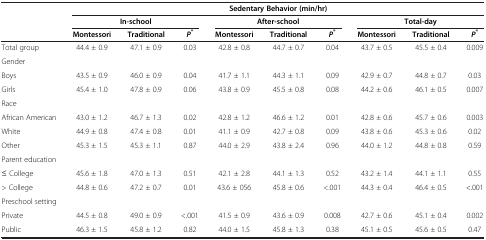
<table><thead><tr><td rowspan="3"><b> </b></td><td colspan="9"><b>Sedentary Behavior (min/hr)</b></td></tr><tr><td colspan="3"><b>In-school</b></td><td colspan="3"><b>After-school</b></td><td colspan="3"><b>Total-day</b></td></tr><tr><td><b>Montessori</b></td><td><b>Traditional</b></td><td><b><i>P</i><sup>*</sup></b></td><td><b>Montessori</b></td><td><b>Traditional</b></td><td><b><i>P</i><sup>*</sup></b></td><td><b>Montessori</b></td><td><b>Traditional</b></td><td><b><i>P</i><sup>*</sup></b></td></tr></thead><tbody><tr><td>Total group</td><td>44.4 ± 0.9</td><td>47.1 ± 0.9</td><td>0.03</td><td>42.8 ± 0.8</td><td>44.7 ± 0.7</td><td>0.04</td><td>43.7 ± 0.5</td><td>45.5 ± 0.4</td><td>0.009</td></tr><tr><td colspan="10">Gender</td></tr><tr><td>Boys</td><td>43.5 ± 0.9</td><td>46.0 ± 0.9</td><td>0.04</td><td>41.7 ± 1.1</td><td>44.3 ± 1.1</td><td>0.09</td><td>42.9 ± 0.7</td><td>44.8 ± 0.7</td><td>0.03</td></tr><tr><td>Girls</td><td>45.4 ± 1.0</td><td>47.8 ± 0.9</td><td>0.06</td><td>43.8 ± 0.9</td><td>45.5 ± 0.8</td><td>0.08</td><td>44.2 ± 0.6</td><td>46.1 ± 0.5</td><td>0.007</td></tr><tr><td colspan="10">Race</td></tr><tr><td>African American</td><td>43.0 ± 1.2</td><td>46.7 ± 1.3</td><td>0.02</td><td>42.8 ± 1.2</td><td>46.6 ± 1.2</td><td>0.01</td><td>42.8 ± 0.6</td><td>45.7 ± 0.6</td><td>0.003</td></tr><tr><td>White</td><td>44.9 ± 0.8</td><td>47.4 ± 0.8</td><td>0.01</td><td>41.1 ± 0.9</td><td>42.7 ± 0.8</td><td>0.09</td><td>43.8 ± 0.6</td><td>45.3 ± 0.6</td><td>0.02</td></tr><tr><td>Other</td><td>45.3 ± 1.5</td><td>45.3 ± 1.1</td><td>0.87</td><td>44.0 ± 2.9</td><td>43.8 ± 2.4</td><td>0.96</td><td>44.0 ± 1.2</td><td>44.8 ± 0.8</td><td>0.59</td></tr><tr><td colspan="10">Parent education</td></tr><tr><td>≤ College</td><td>45.6 ± 1.8</td><td>47.0 ± 1.3</td><td>0.51</td><td>42.1 ± 2.8</td><td>44.1 ± 1.3</td><td>0.52</td><td>43.2 ± 1.4</td><td>44.1 ± 1.1</td><td>0.55</td></tr><tr><td>&gt; College</td><td>44.8 ± 0.6</td><td>47.2 ± 0.7</td><td>0.01</td><td>43.6 ± 056</td><td>45.8 ± 0.6</td><td>&lt;.001</td><td>44.3 ± 0.4</td><td>46.4 ± 0.5</td><td>&lt;.001</td></tr><tr><td colspan="10">Preschool setting</td></tr><tr><td>Private</td><td>44.5 ± 0.8</td><td>49.0 ± 0.9</td><td>&lt;.001</td><td>41.5 ± 0.9</td><td>43.6 ± 0.9</td><td>0.008</td><td>42.7 ± 0.6</td><td>45.1 ± 0.4</td><td>0.002</td></tr><tr><td>Public</td><td>46.3 ± 1.5</td><td>45.8 ± 1.2</td><td>0.82</td><td>44.0 ± 1.5</td><td>45.8 ± 1.3</td><td>0.38</td><td>45.1 ± 0.5</td><td>45.6 ± 0.5</td><td>0.47</td></tr></tbody></table>